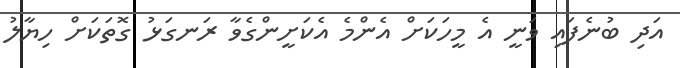
އަދި ބުނެފައި ވަނީ އެ މީހަކަށް އެންމެ އެކަށީންގެވާ ރަނގަޅު ގޮތަކަށް ހިޔާލު